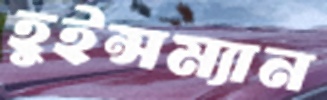
হুইন্সম্যান